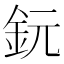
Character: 鈨